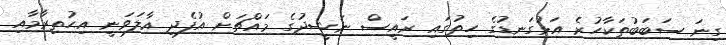
ގިނަ ސަބަބުތަކާހުރެ އަޅުގަނޑުގެ ހިތުގައި ރައީސް ނަޝީދުގެ މައްޗަށް އުފެދި އާލަވަނީ އިޙުތިރާމާއި